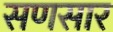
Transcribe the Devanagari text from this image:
सणसार